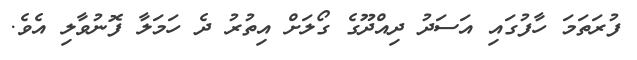
ފުރަތަމަ ހާފުގައި އަސަދު ދިއްދޫގެ ގޯލަށް އިތުރު ދެ ހަމަލާ ފޮނުވާލި އެވެ.